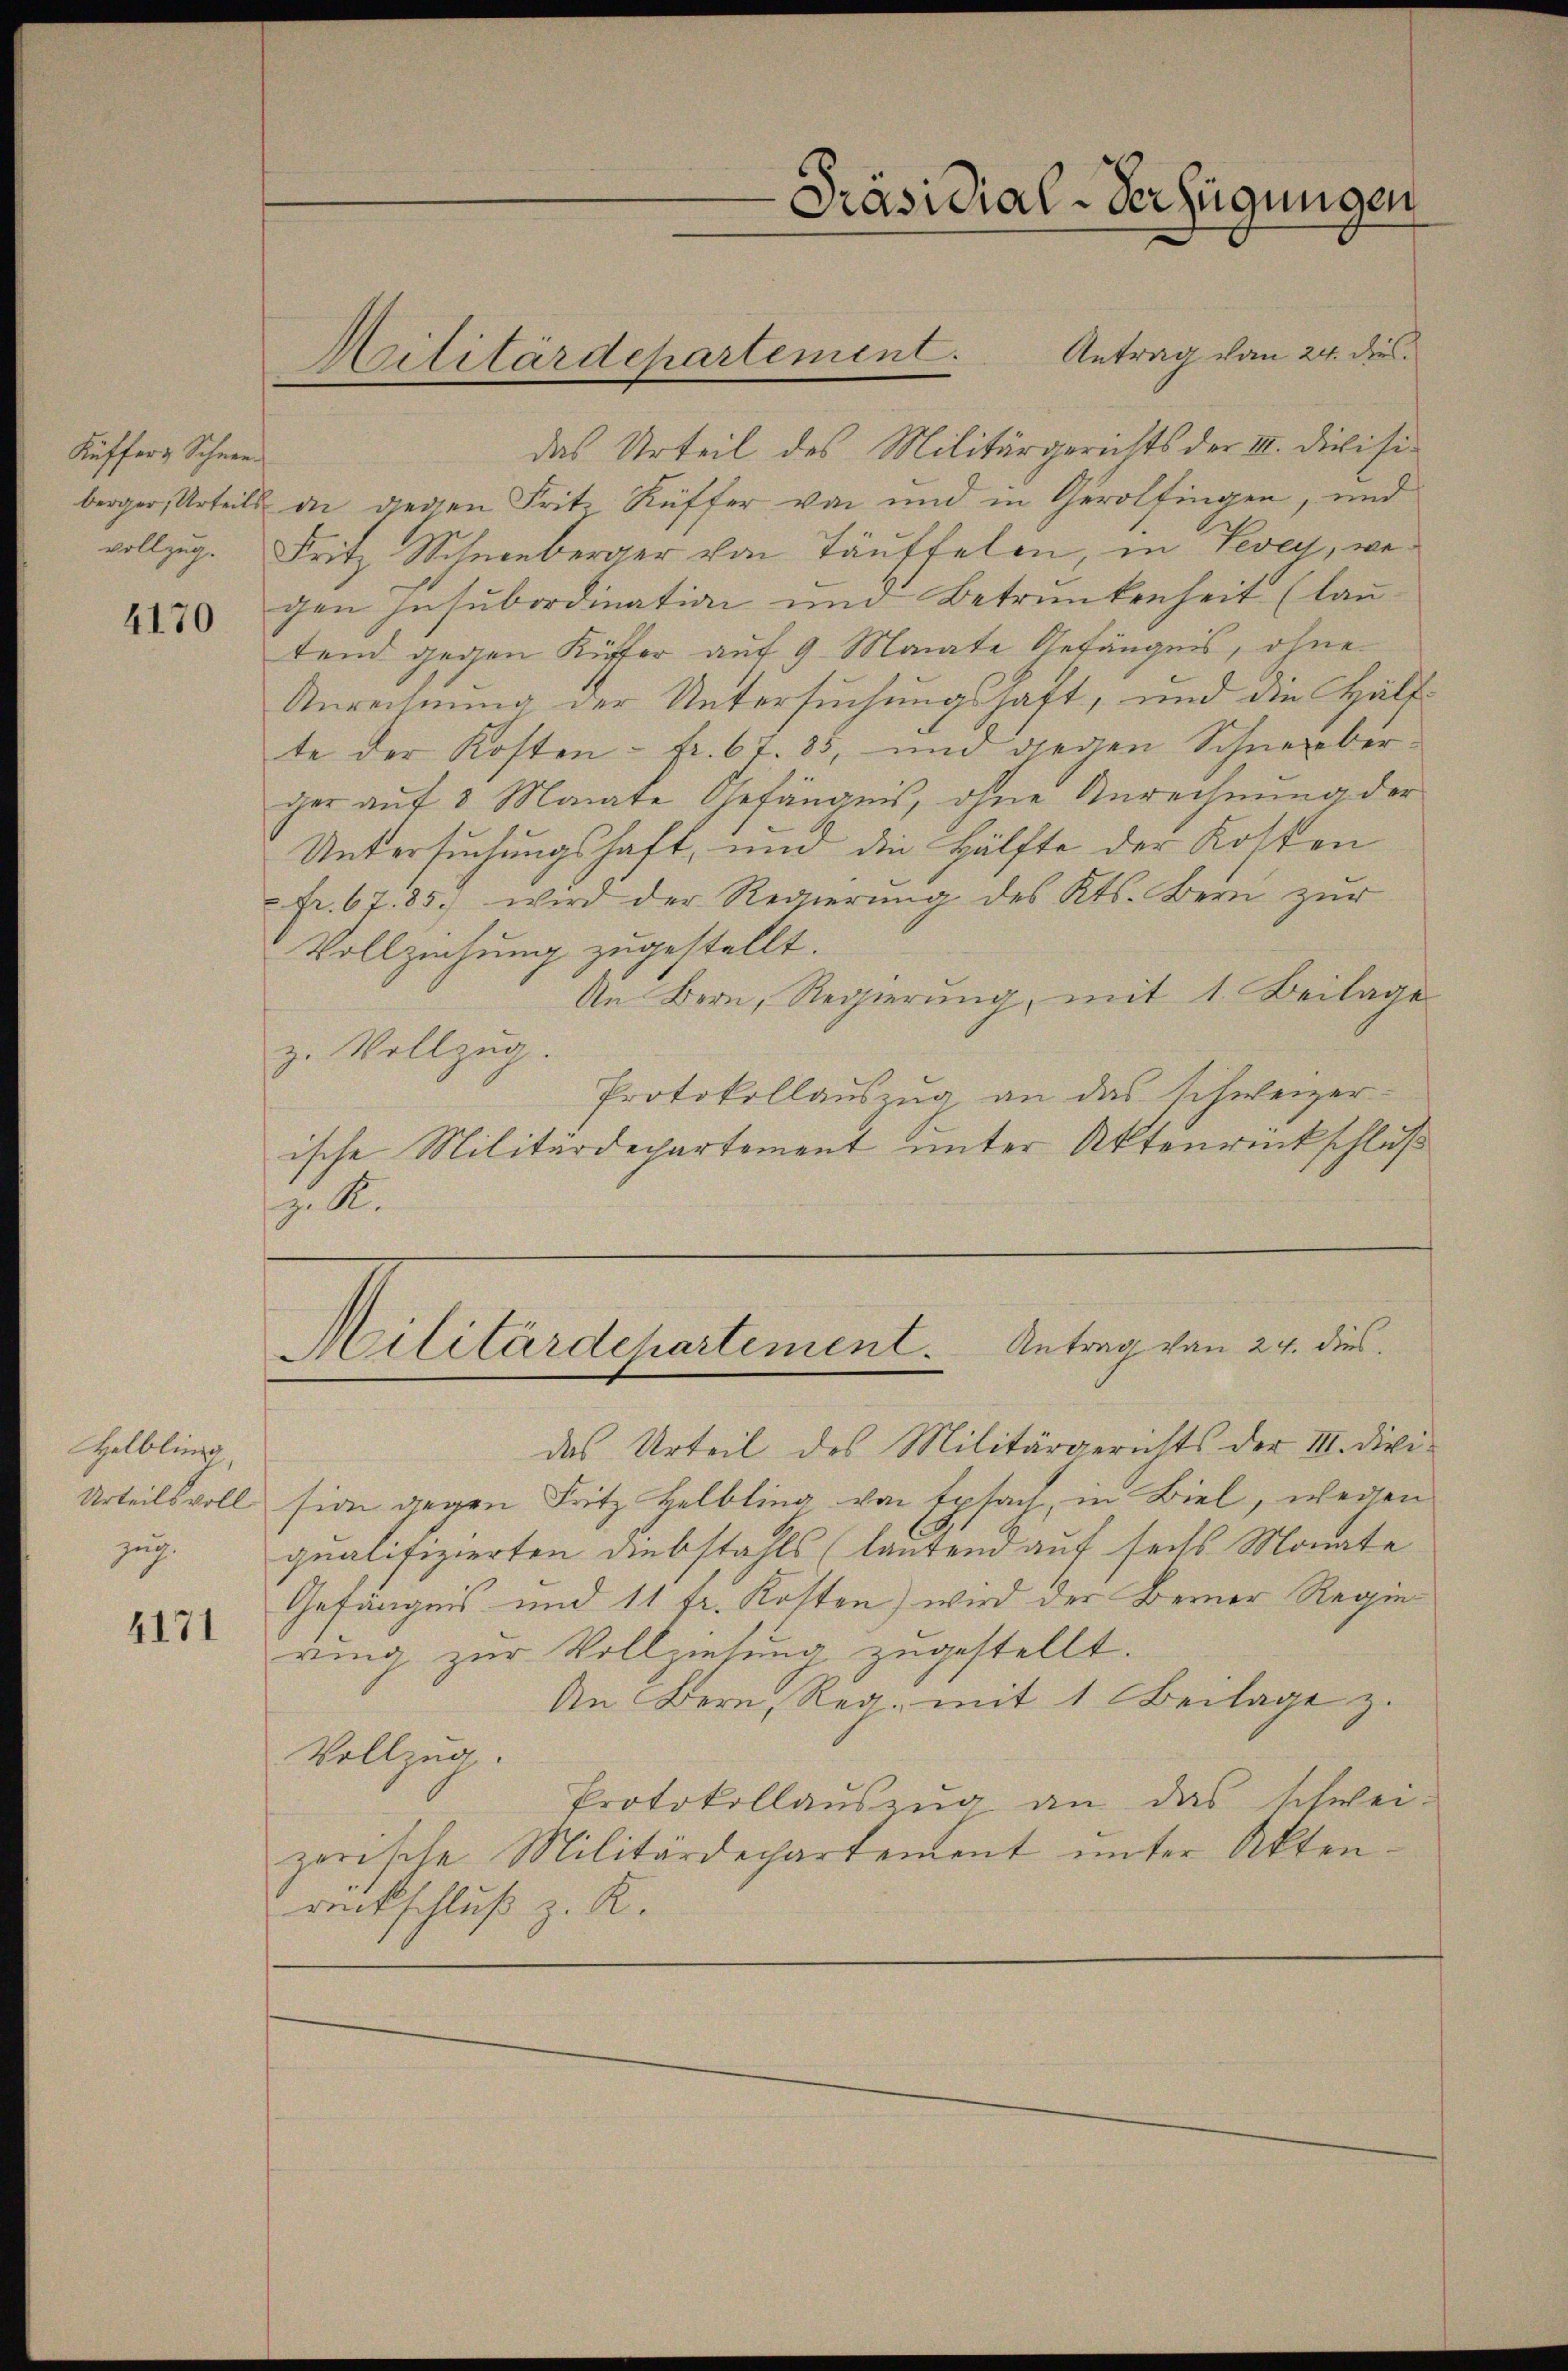
Kuffer & Schnee¬

4170

4171

Antrag vom 24. dies
das Urteil des Militärgerichts der III. Divisiberger, Urteils an diesen Fritz Rüffer von und in Gerolfingen, und
vollzug. Fritz Schneeberger von Täuffelen, in Vevey, wegen Insubordination und Betrunkenheit (lau-
tend gegen Küffer auf 9 Monate Gefängnis, ohne
Anrechnung der Untersuchungshaft, und die Hälfte der Kosten - Fr. 67. 83, und gegen Schneeberger auf 3 Monate Gefängnis, ohne Anrechnung der
Untersuchungshaft, und die Hälfte der Kosten
Fr. 67. 85. wird der Regierung des Kts. Bern zur
Vollziehung zugestellt.
An Bern, Regierung, mit 1. Beilage
z. Vollzug.
Protokollauszug an das schweizer-
ische Militärdepartement unter Aktenrückschluß
j. K.

Helbling
zug.

Militärdepartement.

Präsidial-Verfügungen

Militärdepartement. Antrag von 24. dies

das Urteil des Militärgerichts der III. Divi-
Urteilsvoll sion gegen Fritz Helbling von Epfach, in Biel, wegen
qualifizierten Diebstahls (lautend auf sechs Monate
Gefängnis und 11 fr. Kosten) wird der Berner Regierung zur Vollziehung zugestellt.
An Bern, Reg. mit 1 Beilage z.
Vollzug.
Protokollauszug an das schwei-
zerische Militärdepartement unter Akten-
rückschluß z. R.